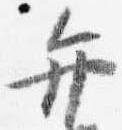
弁